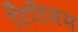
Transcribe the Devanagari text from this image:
टिटियम